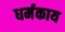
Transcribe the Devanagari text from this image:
धर्मकाय